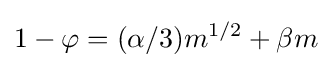
1-\varphi =(\alpha /3)m^{1/2}+\beta m